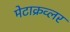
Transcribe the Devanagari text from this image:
मेटाक्रव्लर